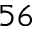
^ { 5 6 }